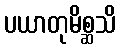
ပယာတုမိစ္ဆသိ